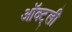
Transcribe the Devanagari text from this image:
ऑक्ट्ली